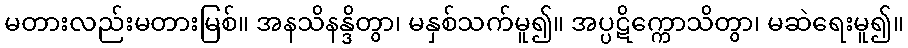
မတားလည်းမတားမြစ်။ အနသိနန္ဒိတွာ၊ မနှစ်သက်မူ၍။ အပ္ပဋိက္ကောသိတွာ၊ မဆဲရေးမူ၍။